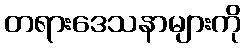
တရားဒေသနာများကို